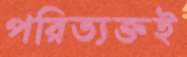
পরিত্যক্তই